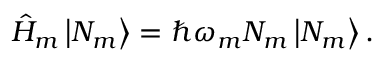
\hat { H } _ { m } \left| N _ { m } \right> = \hbar \omega _ { m } N _ { m } \left| N _ { m } \right> .